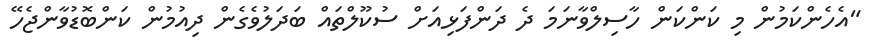
"އެހެންކަމުން މި ކަންކަން ހާސިލްވާނަމަ ދެ ދަންފަޅިއަށް ސުކޫލްތައް ބަދަލުވެގެން ދިއުމުން ކަންބޮޑުވާންޖެހޭ